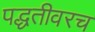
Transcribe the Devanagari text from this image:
पद्धतीवरच